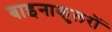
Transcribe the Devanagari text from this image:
बाइनाकुलरों